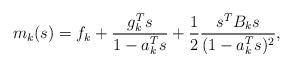
LaTeX: \begin{align*}m_k(s)=f_k+\frac{ g_k^Ts}{ 1-a_k^Ts}+\frac{1}{2}\frac{ s^TB_ks}{(1-a_k^Ts)^2 },\end{align*}